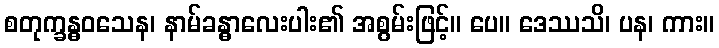
စတုက္ခန္ဓဝသေန၊ နာမ်ခန္ဓာလေးပါး၏ အစွမ်းဖြင့်။ ပေ။ ဒေဿသိ၊ ပန၊ ကား။